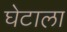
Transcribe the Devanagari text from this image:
घेटाला